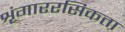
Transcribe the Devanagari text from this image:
शृंगाररसिकता